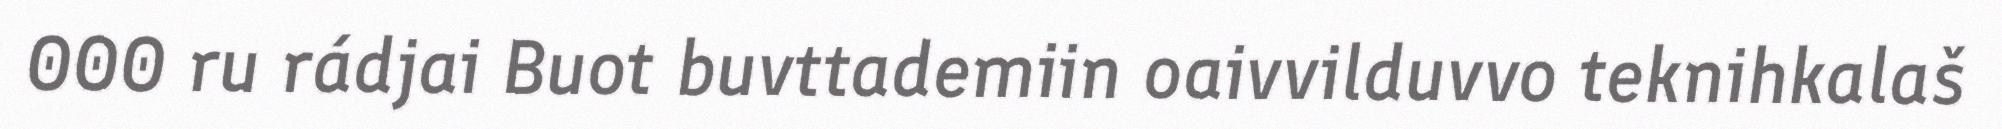
000 ru rádjai Buot buvttademiin oaivvilduvvo teknihkalaš